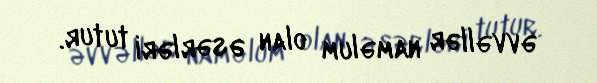
əvvəllər naməlum olan əsərləri tutur.